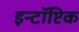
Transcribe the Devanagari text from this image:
इन्टॉप्टिक